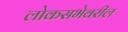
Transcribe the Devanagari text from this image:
लोकसभेवरील